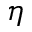
\eta